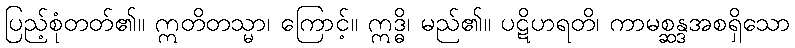
ပြည့်စုံတတ်၏။ ဣတိတသ္မာ၊ ကြောင့်။ ဣဒ္ဓိ၊ မည်၏။ ပဋိဟရတိ၊ ကာမစ္ဆန္ဒအစရှိသော